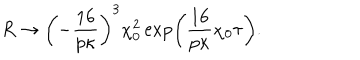
R \rightarrow \left( - \frac { 1 6 } { p \kappa } \right) ^ { 3 } \chi _ { 0 } ^ { 2 } \exp \left( \frac { 1 6 } { p \kappa } \chi _ { 0 } \tau \right) .